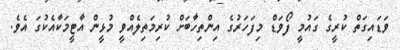
ވަޑައިގަތް ކުރީގެ ގައުމީ ފޯވަޑް މިފަހަރުގެ އިންތިހާބަށް ކުރިމަތިލެއްވީ މުޅީން އާޓީމަކާއެކުގަ އެވެ.